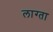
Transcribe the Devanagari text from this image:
लाग्ता